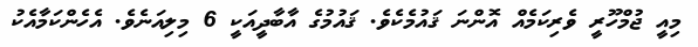
މިއީ ޖުމްހޫރީ ވެރިކަމެއް އޮންނަ ޤައުމެކެވެ. ޤައުމުގެ އާބާދީއަކީ 6 މިލިއަނެވެ. އެހެންކަމާއެކު